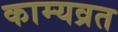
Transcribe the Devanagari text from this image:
काम्यव्रत